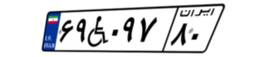
۶۹W۰۹۷۸۰